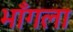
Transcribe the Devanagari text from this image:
भाँगला